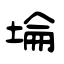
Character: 埨